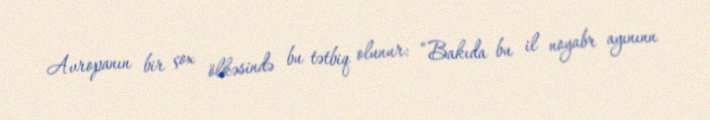
Avropanın bir çox ölkəsində bu tətbiq olunur: “Bakıda bu il noyabr ayınınn